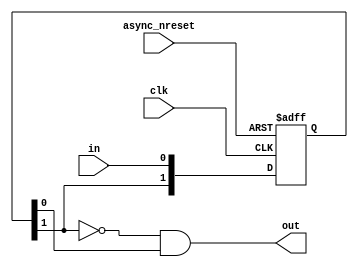
module rising_edge
	(
		input clk,
		input in,
		input async_nreset,
		
		output reg out
	);
	
	reg [1:0] ff_reg, ff_next;
	
	always @(*)
	begin
		ff_next[0] <= in;
		ff_next[1] <= ff_reg[1];
	end
	
	always @(posedge clk, negedge async_nreset)
	begin
		if (async_nreset == 1'b0)
			ff_reg <= 2'b00;
		else
			ff_reg <= ff_next;
	end
	
	always @(*)
	begin
		out <= ~ff_reg[1] & ff_reg[0];
	end
	
endmodule